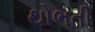
થોભતી